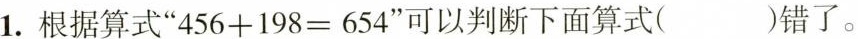
1.根据算式”$$4 5 6 + 1 9 8 = 6 5 4$$”可以判断下面算式( )错了。